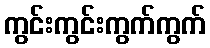
ကွင်းကွင်းကွက်ကွက်